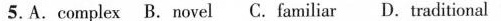
5.A.complex B.novel C.familiar D.traditional